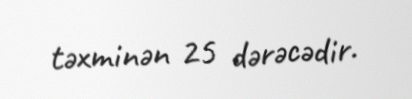
təxminən 25 dərəcədir.